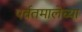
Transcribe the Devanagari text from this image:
पर्वतमालेच्या